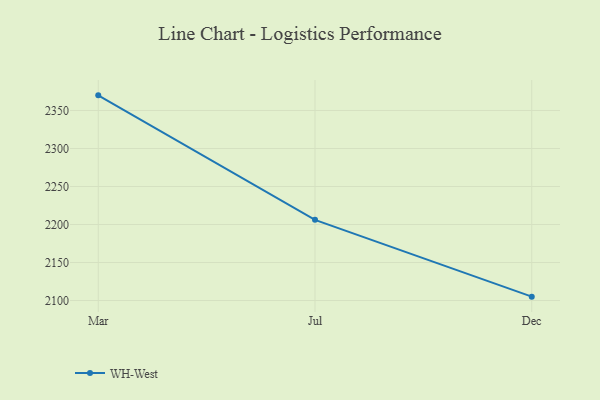
{"axis": {"x": "Month", "y": "Budget (USD K)"}, "legend": ["WH-West"], "data": [{"x": "Mar", "y": 2369.9, "type": "WH-West"}, {"x": "Jul", "y": 2206.1, "type": "WH-West"}, {"x": "Dec", "y": 2105.1, "type": "WH-West"}]}